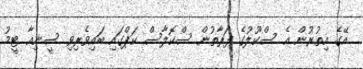
އޭގެ އިތުރުން އެ ސްކޫލުގެ ފަރާތުން ސްކޮލާސް ކަޕްގައި ބައިވެރިވި ސީނިއާ ޓީމު